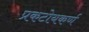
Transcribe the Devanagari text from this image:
प्रकटोयकर्ण